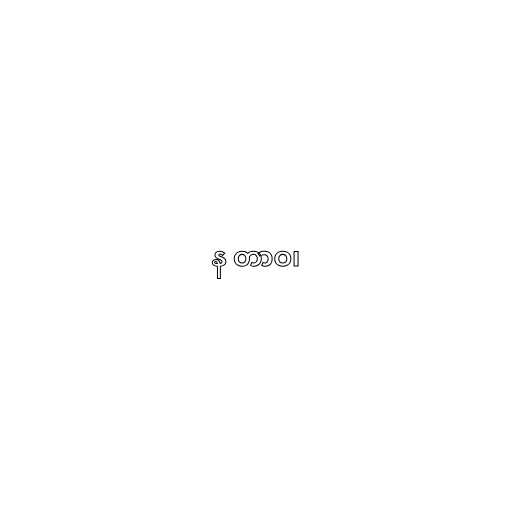
န တာဝ၊